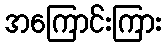
အကြောင်းကြား